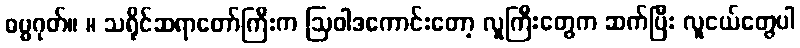
ဓမ္မဂုတ်။ ။ သရိုင်ဆရာတော်ကြီးက ဩဝါဒကောင်းတော့ လူကြီးတွေက ဆက်ပြီး လူငယ်တွေပါ